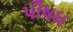
પૌષધ